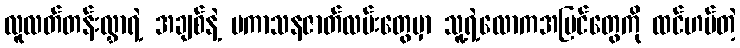
လူလတ်တန်းလွှာရဲ့ အချစ်နဲ့ ပကာသနဇာတ်လမ်းတွေမှာ သူ့ရဲ့လောကအမြင်တွေကို ထင်ဟပ်တဲ့